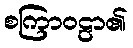
စကြာဝဠာ၏